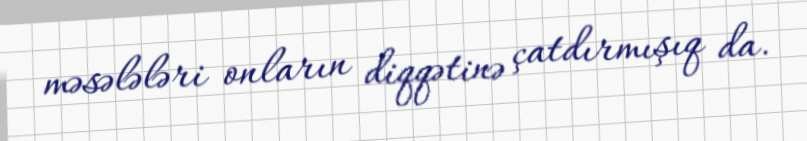
məsələləri onların diqqətinə çatdırmışıq da.